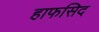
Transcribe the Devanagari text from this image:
हाफसिद